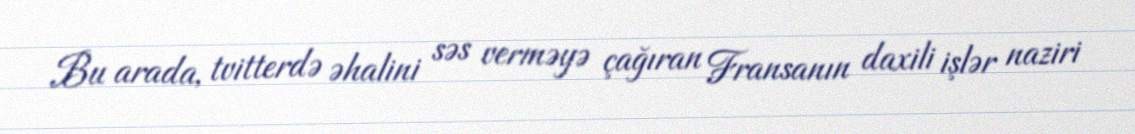
Bu arada, tvitterdə əhalini səs verməyə çağıran Fransanın daxili işlər naziri